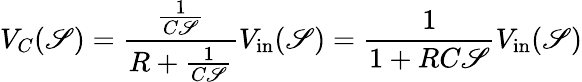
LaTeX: V_{C}(\mathscr{S})={\frac{{\frac{{1}}{{C\mathscr{S}}}}}{{R+{\frac{{1}}{{C\mathscr{S}}}}}}}V_{\mathrm{{in}}}(\mathscr{S})={\frac{{1}}{{1+RC\mathscr{S}}}}V_{\mathrm{{in}}}(\mathscr{S})